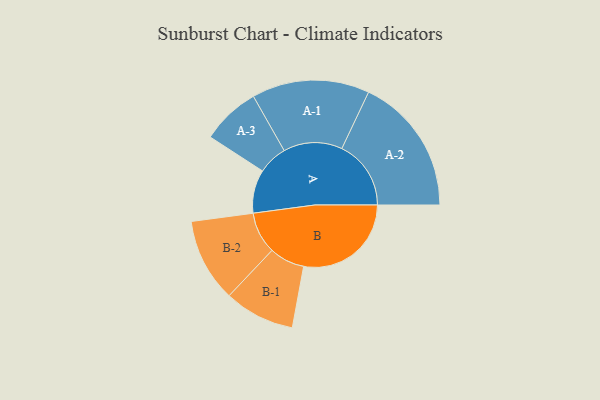
{"axis": {"x": "Segment", "y": "Value"}, "legend": ["", "A", "B"], "data": [{"x": "A", "y": 155, "type": ""}, {"x": "B", "y": 384, "type": ""}, {"x": "A-1", "y": 210, "type": "A"}, {"x": "A-2", "y": 247, "type": "A"}, {"x": "A-3", "y": 105, "type": "A"}, {"x": "B-1", "y": 126, "type": "B"}, {"x": "B-2", "y": 149, "type": "B"}]}